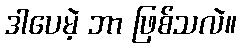
ဒါပေမဲ့ ဘာ ဖြစ်သလဲ။